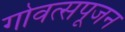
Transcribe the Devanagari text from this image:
गोवत्सपूजन